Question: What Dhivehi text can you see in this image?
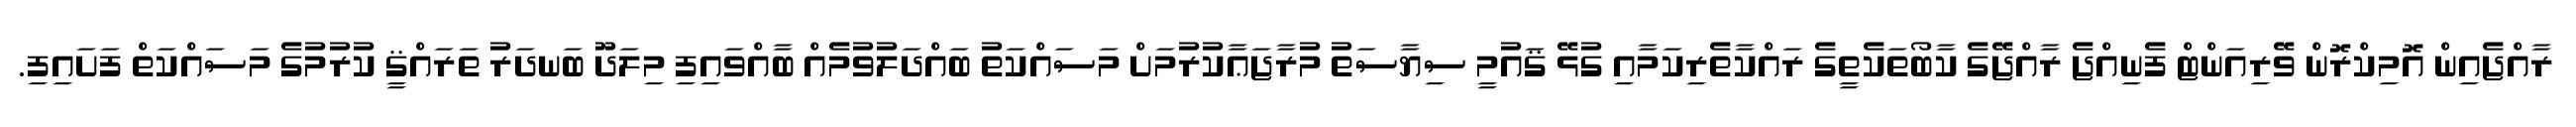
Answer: ރާއްޖެއިން އޮމިކްރޮން ވޭރިއަންޓް ފެނިއްޖެ ރާއްޖޭގެ ކާބޯތަކެތީގެ ރައްކާތެރިކަމާއި ގުޅޭ ޤައުމީ ސިޔާސަތު މުރާޖަޢާކުރުމަށް މަސައްކަތު ބައްދަލުވުމެއް ބާއްވައިފި މިލަދޫ ބަނދަރު ތަރައްޤީ ކުރުމުގެ މަސައްކަތް ފަށައިފި.